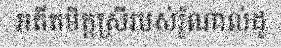
អតីតមិត្តស្រីរបស់រ៉ូណាល់ដូ